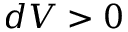
d V > 0